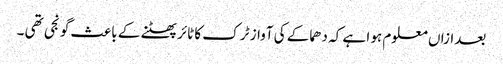
بعدازاں معلوم ہو ا ہے کہ دھماکے کی آواز ٹر ک کا ٹائر پھٹنے کے باعث گو نجی تھی ۔